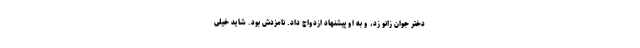
دختر جوان زانو زد، و به او پیشنهاد ازدواج داد. نامزدش بود. شاید خیلی